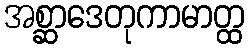
အစ္ဆာဒေတုကာမာတ္ထ